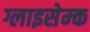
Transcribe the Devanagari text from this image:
ग्लाइसेम्क